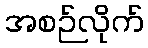
အစဉ်လိုက်